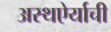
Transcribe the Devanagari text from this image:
अस्थऐर्याची